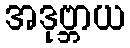
အဒုဗ္ဘာယ